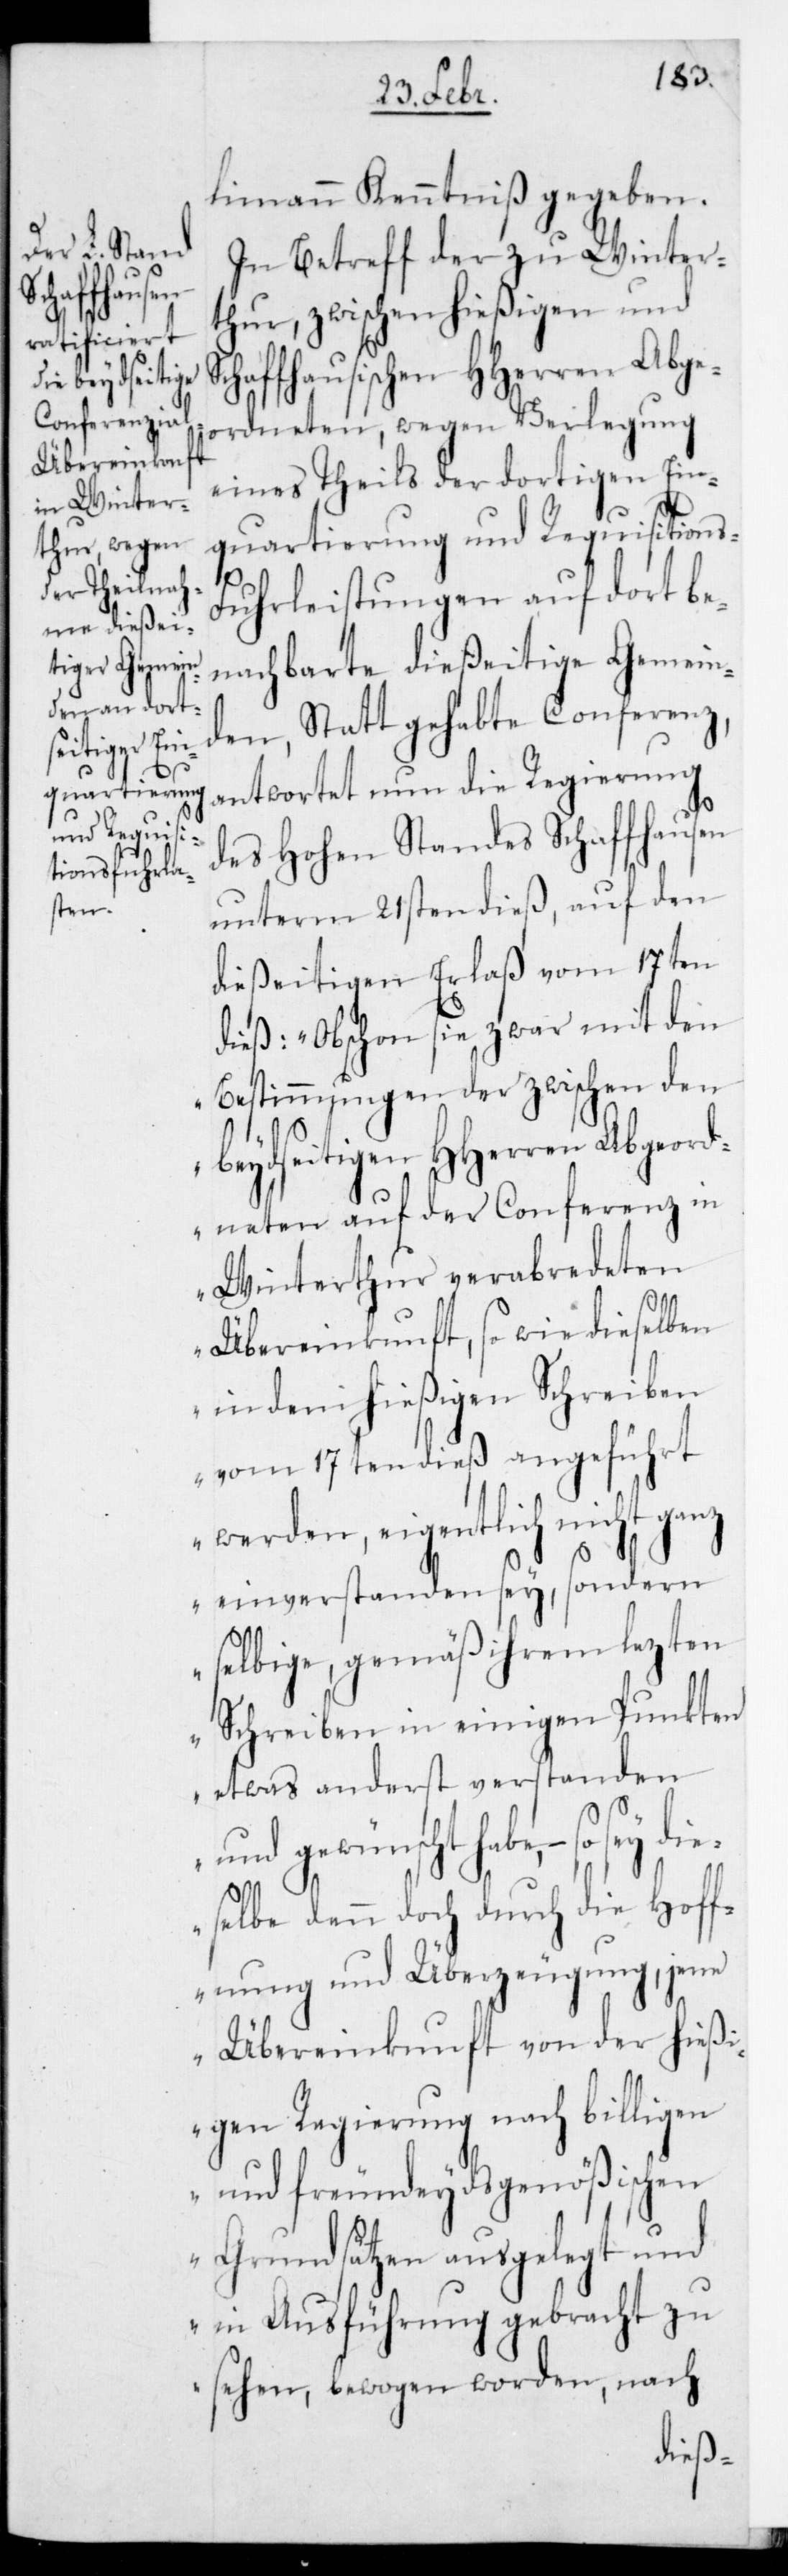
limann Kenntniß gegeben.
In Betreff der zu Winter¬
thur, zwischen hießigen und S¬
chaffhausischen HHerren Abge¬
ordneten, wegen Verlegung
eines Theils der dortigen Ein¬
quartierung und Requisition¬
s-Fuhrleistungen auf dort be¬
nachbarte dießeitige Gemein¬
den, stattgehabte Conferenz,
antwortet nun die Regierung
des Hohen Standes Schaffhausen
unterm 21sten dieß, auf den
dießeitigen Erlaß vom 17ten
dieß: „Obschon sie zwar mit den
Bestimmungen der zwischen den
beydseitigen HHerren Abgeord¬
neten auf der Conferenz in
Winterthur verabredeten
Übereinkunft, so wie dieselben
in dem hießigen Schreiben
vom 17ten dieß angeführt
werden, eigentlich nicht ganz
einverstanden sey, sondern
selbige, gemäß ihrem lezten
Schreiben in einigen Punkten
etwas anderst verstanden
und gewünscht habe, – so sey
selbe denn doch durch die Hoff¬
nung und Überzeugung, jene
Übereinkunft von der hießi¬
gen Regierung nach billigen
und freundeydsgenößischen
Grundsätzen ausgelegt und
in Ausführung gebracht zu
sehen, bewogen worden, nach
die¬